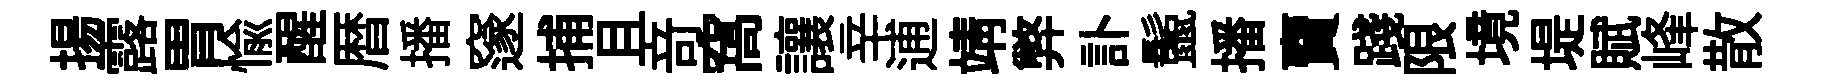
揚露胃愉醒暦播邃捕且竒窩讓辛逋靖弊訃鬛播𧶠踐限境堤賦峰散